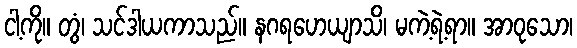
ငါ့ကို။ တွံ၊ သင်ဒါယကာသည်။ နဂရဟေယျာသိ၊ မကဲ့ရဲ့ရာ။ အာဝုသော၊